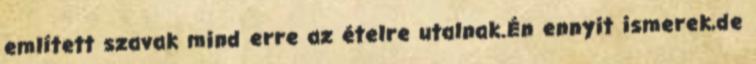
említett szavak mind erre az ételre utalnak.Én ennyit ismerek,de